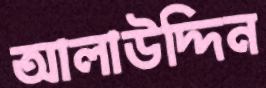
আলাউদ্দিন